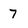
Character: 7